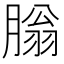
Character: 䐥